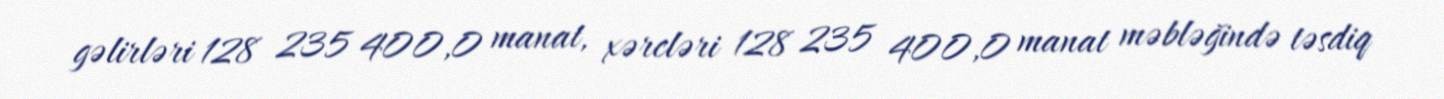
gəlirləri 128 235 400,0 manat, xərcləri 128 235 400,0 manat məbləğində təsdiq